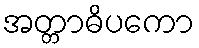
အတ္တာဓိပကော